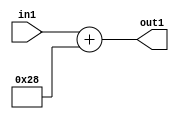
`timescale 1ps / 1ps
/*****************************************************************************
    Verilog RTL Description
    
    
    Created by: Stratus DpOpt 2019.1.01 
*******************************************************************************/

module DC_Filter_Add_12U_154_1 (
	in1,
	out1
	); /* architecture "behavioural" */ 
input [11:0] in1;
output [11:0] out1;
wire [11:0] asc001;

assign asc001 = 
	+(in1)
	+(12'B000000101000);

assign out1 = asc001;
endmodule

/* CADENCE  urnwSwk= : u9/ySgnWtBlWxVPRXgAZ4Og= ** DO NOT EDIT THIS LINE ******/